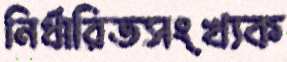
নির্ধারিতসংখ্যক